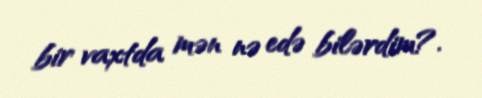
bir vaxtda mən nə edə bilərdim?.